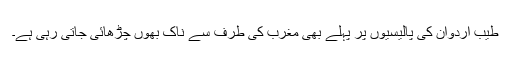
طیب اردوان کی پالیسیوں پر پہلے بھی مغرب کی طرف سے ناک بھوں چڑھائی جاتی رہی ہے۔